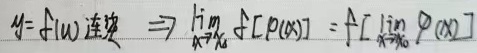
若\(y = f(u)\)连续，则\(\lim_{x \to x_{0}} f[\varphi(x)] = f[\lim_{x \to x_{0}} \varphi(x)]\)